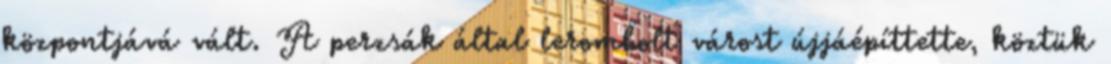
központjává vált. A perzsák által lerombolt várost újjáépíttette, köztük